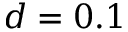
d = 0 . 1